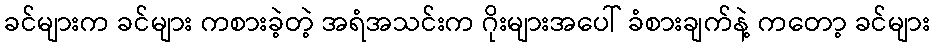
ခင်များက ခင်များ ကစားခဲ့တဲ့ အရံအသင်းက ဂိုးများအပေါ် ခံစားချက်နဲ့ ကတော့ ခင်များ